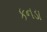
કનડા